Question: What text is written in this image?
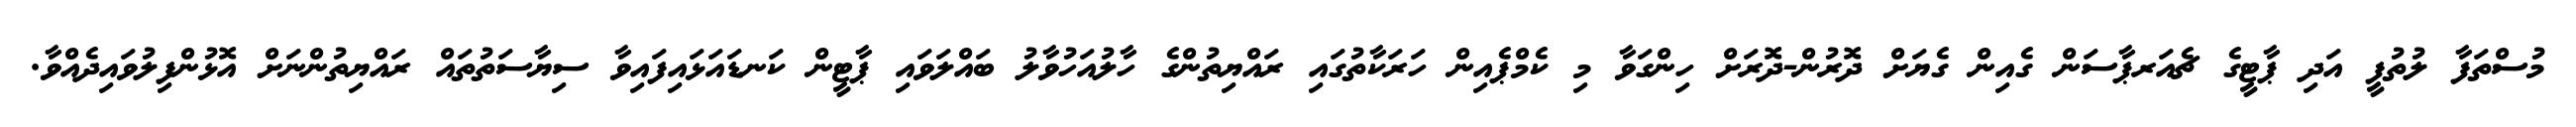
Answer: މުސްތަފާ ލުތުފީ އަދި ޕާޓީގެ ޗެއަރޕާސަން ގެއިން ގެޔަށް ދޮރުން-ދޮރަށް ހިންގަވާ މި ކެމްޕެއިން ހަރަކާތުގައި ރައްޔިތުންގެ ހާލުއަހުވާލު ބައްލަވައި ޕާޓީން ކަނޑައަޅައިފައިވާ ސިޔާސަތުތައް ރައްޔިތުންނަށް އޮޅުންފިލުވައިދެއްވާ.